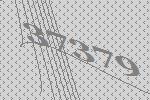
37379